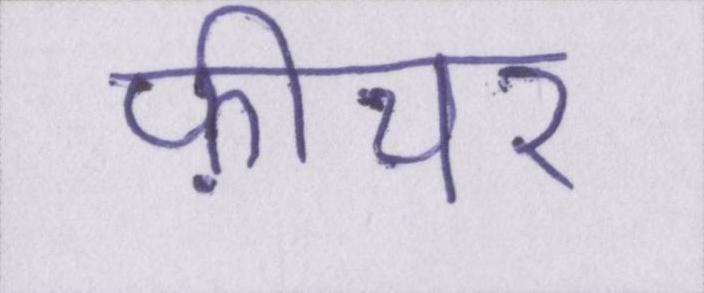
फ़ीचर